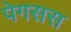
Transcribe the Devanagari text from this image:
पेगसस